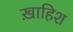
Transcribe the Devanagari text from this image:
ख़ाहिश